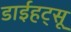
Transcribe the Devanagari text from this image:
डाईहट्सू